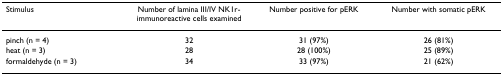
<table><thead><tr><td><b>Stimulus</b></td><td><b>Number of lamina III/IV NK1r-immunoreactive cells examined</b></td><td><b>Number positive for pERK</b></td><td><b>Number with somatic pERK</b></td></tr></thead><tbody><tr><td>pinch (n = 4)</td><td>32</td><td>31 (97%)</td><td>26 (81%)</td></tr><tr><td>heat (n = 3)</td><td>28</td><td>28 (100%)</td><td>25 (89%)</td></tr><tr><td>formaldehyde (n = 3)</td><td>34</td><td>33 (97%)</td><td>21 (62%)</td></tr></tbody></table>